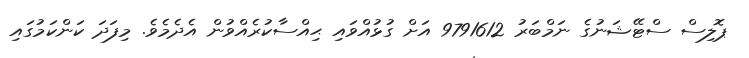
ޕޮލިސް ސްޓޭޝަނުގެ ނަމްބަރު 9791612 އަށް ގުޅުއްވައި ޙިއްސާކުރެއްވުން އެދެމެވެ. މިފަދަ ކަންކަމުގައި